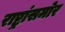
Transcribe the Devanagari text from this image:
राष्ट्रांसमोर